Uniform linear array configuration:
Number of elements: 64
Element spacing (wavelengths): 1
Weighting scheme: binomial
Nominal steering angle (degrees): -45
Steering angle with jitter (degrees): -45.881
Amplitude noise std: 0.05
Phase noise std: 0.05

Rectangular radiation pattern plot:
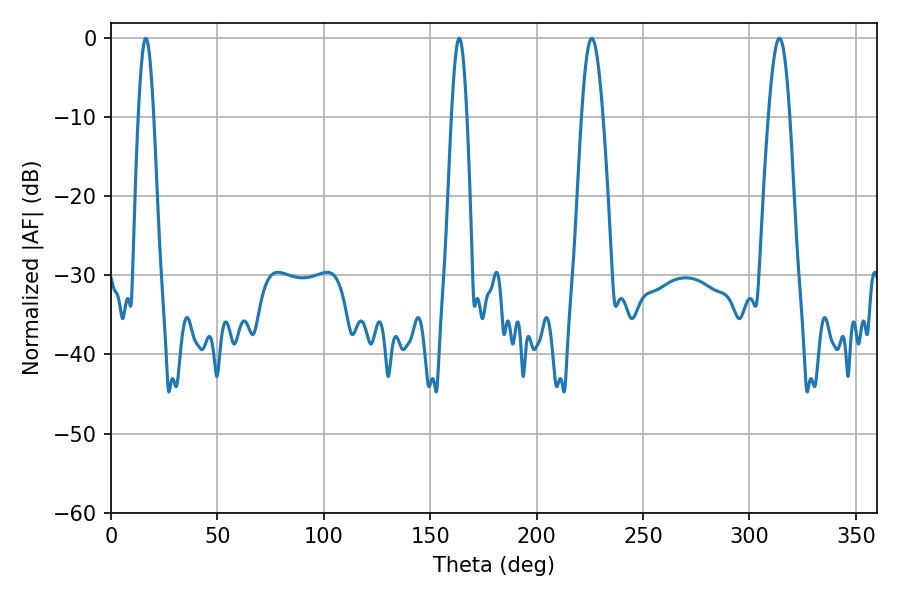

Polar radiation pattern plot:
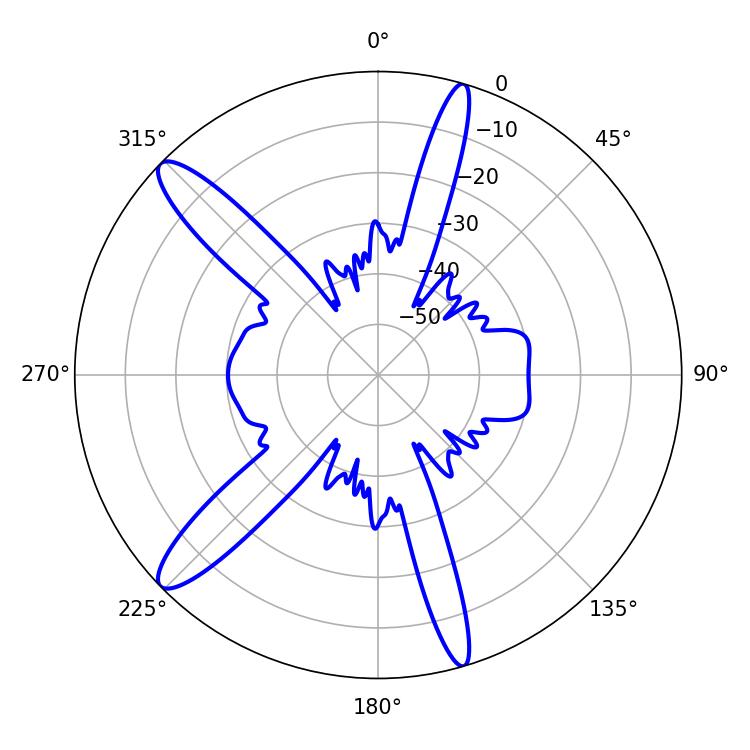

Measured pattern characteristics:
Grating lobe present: TRUE
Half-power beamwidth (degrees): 5.4
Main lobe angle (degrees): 225.9